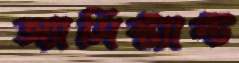
অ্যাসিস্ট্যান্ট